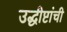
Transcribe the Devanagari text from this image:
उद्धीष्टांची